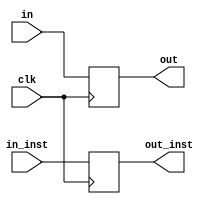
/* 		
		CODED BY Joseph A. 
		GitHub: J-oseph
		February 20, 2022.
*/
`define DW  32
`define IW  32
`timescale 1ps/1ps
module EXE_MEM (
	input wire 				clk,	
	input wire [`DW-1:0] in,		
	input wire [`IW-1:0] in_inst,
	output reg [`DW-1:0] out,
	output reg [`IW-1:0] out_inst
);

	always @(posedge clk) begin
		out 		<= #6 in;
		out_inst <= #6 in_inst;
	end


endmodule